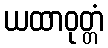
ယထာဝုတ္တံ